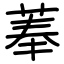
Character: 菶